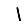
Digit: 1